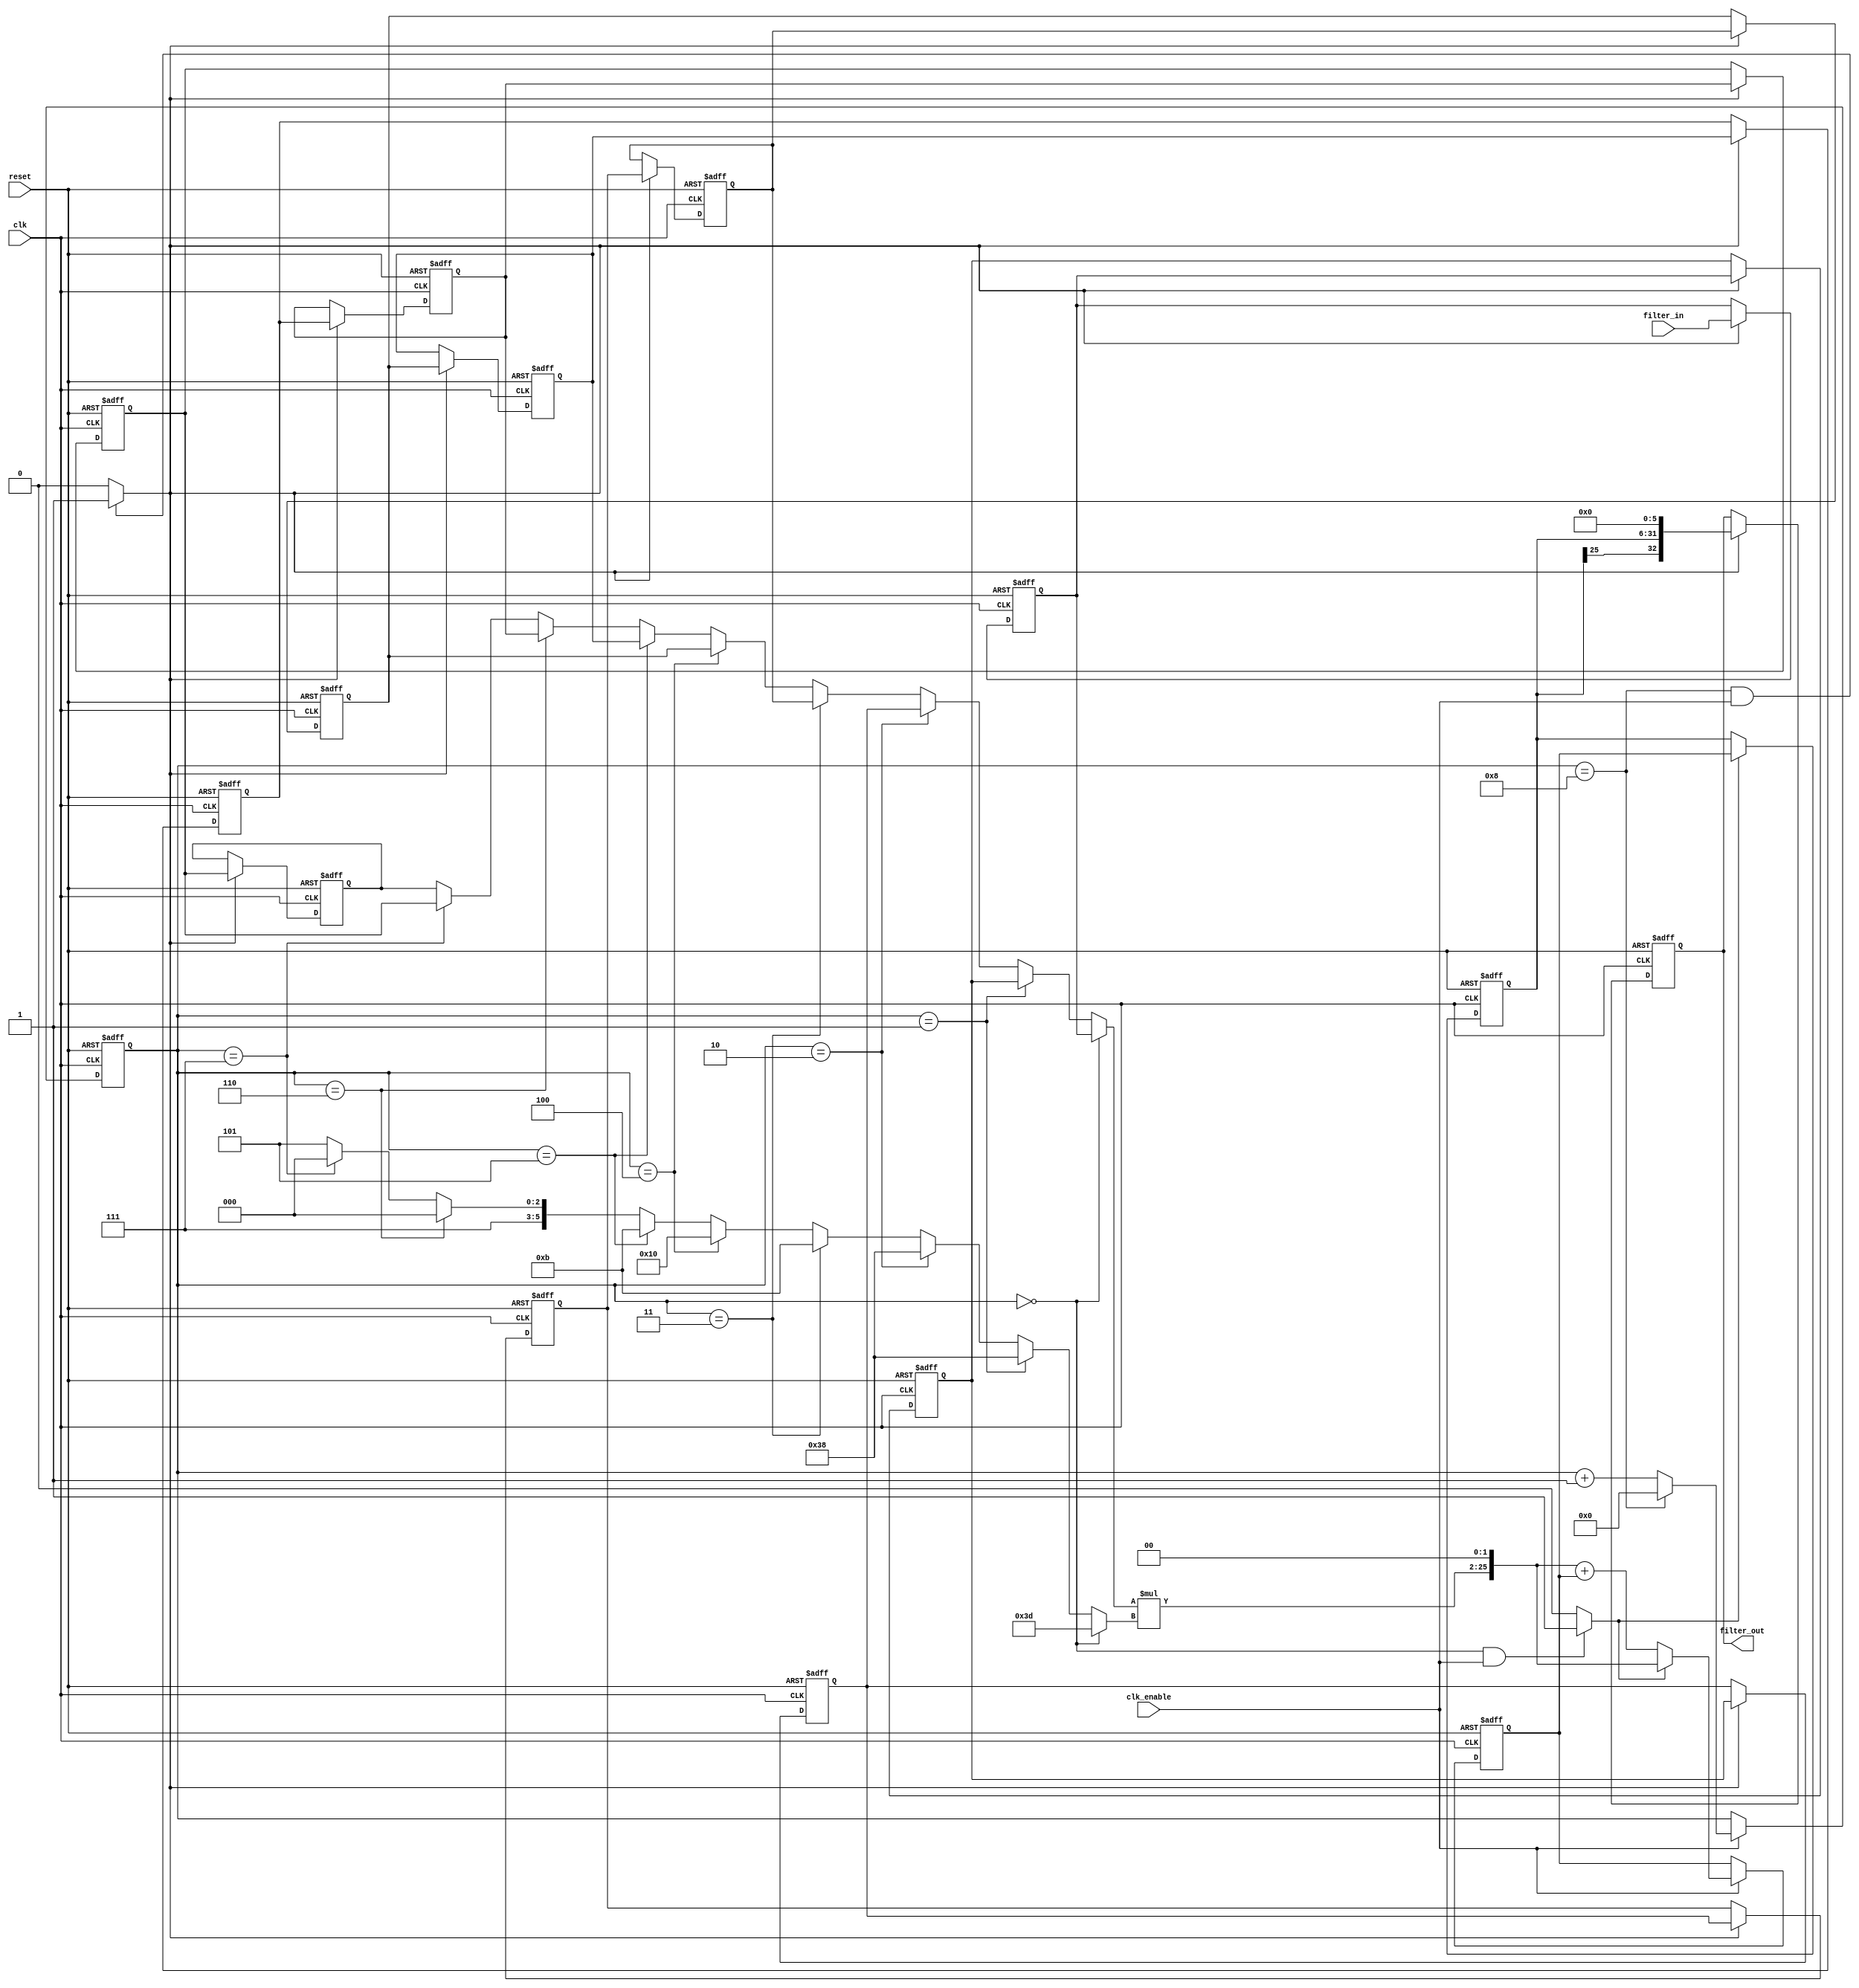
// -------------------------------------------------------------
//
// Module: bandpass_filter
// Generated by MATLAB(R) 8.6 and the Filter Design HDL Coder 2.10.
// Generated on: 2016-05-15 13:21:29
// -------------------------------------------------------------

// -------------------------------------------------------------
// HDL Code Generation Options:
//
// TargetDirectory: G:\STUDING\melexis\lab4\matlab_filter
// Name: bandpass_filter
// SerialPartition: 9
// TargetLanguage: Verilog
// TestBenchStimulus: impulse step ramp chirp noise 

// -------------------------------------------------------------
// HDL Implementation    : Fully Serial
// Multipliers           : 1
// Folding Factor        : 9
// -------------------------------------------------------------
// Filter Settings:
//
// Discrete-Time FIR Filter (real)
// -------------------------------
// Filter Structure  : Direct-Form FIR
// Filter Length     : 11
// Stable            : Yes
// Linear Phase      : Yes (Type 1)
// Arithmetic        : fixed
// Numerator         : s6,5 -> [-1 1)
// Input             : s18,17 -> [-1 1)
// Filter Internals  : Specify Precision
//   Output          : s33,30 -> [-4 4)
//   Product         : s26,24 -> [-2 2)
//   Accumulator     : s26,24 -> [-2 2)
//   Round Mode      : convergent
//   Overflow Mode   : wrap
// -------------------------------------------------------------

`timescale 1 ns / 1 ns

module bandpass_filter
               (
                clk,
                clk_enable,
                reset,
                filter_in,
                filter_out
                );

  input   clk; 
  input   clk_enable; 
  input   reset; 
  input   signed [17:0] filter_in; //sfix18_En17
  output  signed [32:0] filter_out; //sfix33_En30

////////////////////////////////////////////////////////////////
//Module Architecture: bandpass_filter
////////////////////////////////////////////////////////////////
  // Local Functions
  // Type Definitions
  // Constants
  parameter signed [5:0] coeff1 = 6'b111101; //sfix6_En5
  parameter signed [5:0] coeff2 = 6'b111000; //sfix6_En5
  parameter signed [5:0] coeff3 = 6'b111000; //sfix6_En5
  parameter signed [5:0] coeff4 = 6'b000000; //sfix6_En5
  parameter signed [5:0] coeff5 = 6'b001011; //sfix6_En5
  parameter signed [5:0] coeff6 = 6'b010000; //sfix6_En5
  parameter signed [5:0] coeff7 = 6'b001011; //sfix6_En5
  parameter signed [5:0] coeff8 = 6'b000000; //sfix6_En5
  parameter signed [5:0] coeff9 = 6'b111000; //sfix6_En5
  parameter signed [5:0] coeff10 = 6'b111000; //sfix6_En5
  parameter signed [5:0] coeff11 = 6'b111101; //sfix6_En5

  // Signals
  reg  [3:0] cur_count; // ufix4
  wire phase_8; // boolean
  wire phase_0; // boolean
  reg  signed [17:0] delay_pipeline [0:10] ; // sfix18_En17
  wire signed [17:0] inputmux_1; // sfix18_En17
  reg  signed [25:0] acc_final; // sfix26_En24
  reg  signed [25:0] acc_out_1; // sfix26_En24
  wire signed [25:0] product_1; // sfix26_En24
  wire signed [5:0] product_1_mux; // sfix6_En5
  wire signed [23:0] mul_temp; // sfix24_En22
  wire signed [25:0] prod_typeconvert_1; // sfix26_En24
  wire signed [25:0] acc_sum_1; // sfix26_En24
  wire signed [25:0] acc_in_1; // sfix26_En24
  wire signed [25:0] add_signext; // sfix26_En24
  wire signed [25:0] add_signext_1; // sfix26_En24
  wire signed [26:0] add_temp; // sfix27_En24
  wire signed [32:0] output_typeconvert; // sfix33_En30
  reg  signed [32:0] output_register; // sfix33_En30

  // Block Statements
  always @ (posedge clk or posedge reset)
    begin: Counter_process
      if (reset == 1'b1) begin
        cur_count <= 4'b1000;
      end
      else begin
        if (clk_enable == 1'b1) begin
          if (cur_count == 4'b1000) begin
            cur_count <= 4'b0000;
          end
          else begin
            cur_count <= cur_count + 1;
          end
        end
      end
    end // Counter_process

  assign  phase_8 = (cur_count == 4'b1000 && clk_enable == 1'b1)? 1 : 0;

  assign  phase_0 = (cur_count == 4'b0000 && clk_enable == 1'b1)? 1 : 0;

  always @( posedge clk or posedge reset)
    begin: Delay_Pipeline_process
      if (reset == 1'b1) begin
        delay_pipeline[0] <= 0;
        delay_pipeline[1] <= 0;
        delay_pipeline[2] <= 0;
        delay_pipeline[3] <= 0;
        delay_pipeline[4] <= 0;
        delay_pipeline[5] <= 0;
        delay_pipeline[6] <= 0;
        delay_pipeline[7] <= 0;
        delay_pipeline[8] <= 0;
        delay_pipeline[9] <= 0;
        delay_pipeline[10] <= 0;
      end
      else begin
        if (phase_8 == 1'b1) begin
          delay_pipeline[0] <= filter_in;
          delay_pipeline[1] <= delay_pipeline[0];
          delay_pipeline[2] <= delay_pipeline[1];
          delay_pipeline[3] <= delay_pipeline[2];
          delay_pipeline[4] <= delay_pipeline[3];
          delay_pipeline[5] <= delay_pipeline[4];
          delay_pipeline[6] <= delay_pipeline[5];
          delay_pipeline[7] <= delay_pipeline[6];
          delay_pipeline[8] <= delay_pipeline[7];
          delay_pipeline[9] <= delay_pipeline[8];
          delay_pipeline[10] <= delay_pipeline[9];
        end
      end
    end // Delay_Pipeline_process


  assign inputmux_1 = (cur_count == 4'b0000) ? delay_pipeline[0] :
                     (cur_count == 4'b0001) ? delay_pipeline[1] :
                     (cur_count == 4'b0010) ? delay_pipeline[2] :
                     (cur_count == 4'b0011) ? delay_pipeline[4] :
                     (cur_count == 4'b0100) ? delay_pipeline[5] :
                     (cur_count == 4'b0101) ? delay_pipeline[6] :
                     (cur_count == 4'b0110) ? delay_pipeline[8] :
                     (cur_count == 4'b0111) ? delay_pipeline[9] :
                     delay_pipeline[10];

  //   ------------------ Serial partition # 1 ------------------

  assign product_1_mux = (cur_count == 4'b0000) ? coeff1 :
                        (cur_count == 4'b0001) ? coeff2 :
                        (cur_count == 4'b0010) ? coeff3 :
                        (cur_count == 4'b0011) ? coeff5 :
                        (cur_count == 4'b0100) ? coeff6 :
                        (cur_count == 4'b0101) ? coeff7 :
                        (cur_count == 4'b0110) ? coeff9 :
                        (cur_count == 4'b0111) ? coeff10 :
                        coeff11;
  assign mul_temp = inputmux_1 * product_1_mux;
  assign product_1 = $signed({mul_temp[23:0], 2'b00});

  assign prod_typeconvert_1 = product_1;

  assign add_signext = prod_typeconvert_1;
  assign add_signext_1 = acc_out_1;
  assign add_temp = add_signext + add_signext_1;
  assign acc_sum_1 = add_temp[25:0];

  assign acc_in_1 = (phase_0 == 1'b1) ? prod_typeconvert_1 :
                   acc_sum_1;

  always @ (posedge clk or posedge reset)
    begin: Acc_reg_1_process
      if (reset == 1'b1) begin
        acc_out_1 <= 0;
      end
      else begin
        if (clk_enable == 1'b1) begin
          acc_out_1 <= acc_in_1;
        end
      end
    end // Acc_reg_1_process

  always @ (posedge clk or posedge reset)
    begin: Finalsum_reg_process
      if (reset == 1'b1) begin
        acc_final <= 0;
      end
      else begin
        if (phase_0 == 1'b1) begin
          acc_final <= acc_out_1;
        end
      end
    end // Finalsum_reg_process

  assign output_typeconvert = $signed({acc_final[25:0], 6'b000000});

  always @ (posedge clk or posedge reset)
    begin: Output_Register_process
      if (reset == 1'b1) begin
        output_register <= 0;
      end
      else begin
        if (phase_8 == 1'b1) begin
          output_register <= output_typeconvert;
        end
      end
    end // Output_Register_process

  // Assignment Statements
  assign filter_out = output_register;
endmodule  // bandpass_filter